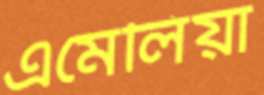
এমেলিয়া